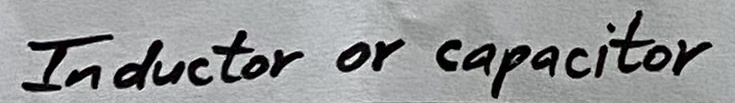
Text: Inductor or capacitor